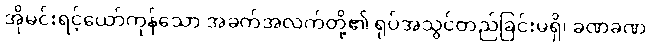
အိုမင်းရင့်ယော်ကုန်သော အခက်အလက်တို့၏ ရုပ်အသွင်တည်ခြင်းမရှိ၊ ခဏခဏ